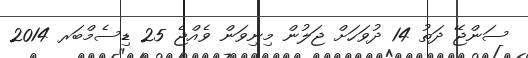
ސަންޖޭ ދަތު 14 ދުވަހަށް ޖަލުން މިނިވަން ވެއްޖެ 25 ޑިސެމްބަރ 2014